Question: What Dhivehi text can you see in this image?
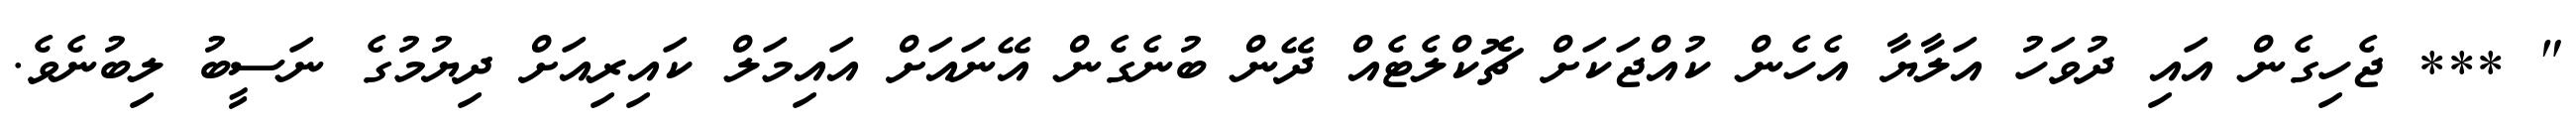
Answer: " *** ޖެހިގެން އައި ދުވަހު އަލާޔާ އެހެން ކުއްޖަކަށް ޗޮކްލެޓެއް ދޭން ބުނެގެން އޭނައަށް އައިމަލް ކައިރިއަށް ދިޔުމުގެ ނަސީބު ލިބުނެވެ.